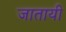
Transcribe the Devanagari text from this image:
जातायी